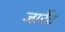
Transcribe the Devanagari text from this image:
जार्रेट